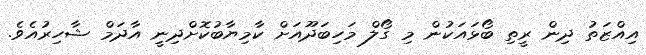
އިއްޒަތު ދިން ރީތި ބޯޅައަކުން މި ގޯލް މަހިބަދޫއަށް ކާމިޔާބުކޮށްދިނީ އާދަމް ޝާހިރުއެވެ.